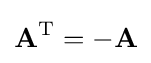
\mathbf {A} ^{\text{T}}=-\mathbf {A}